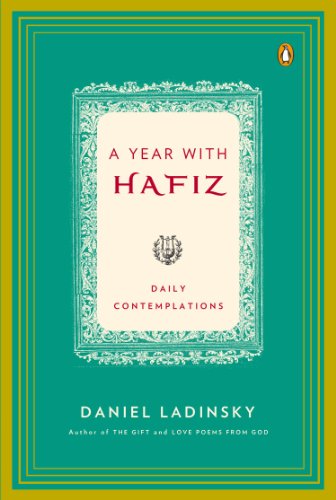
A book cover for A Year with Hafiz: Daily Contemplations; Hafiz; Literature & Fiction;